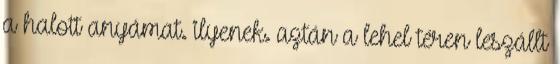
a halott anyámat. ilyenek. aztán a lehel téren leszállt